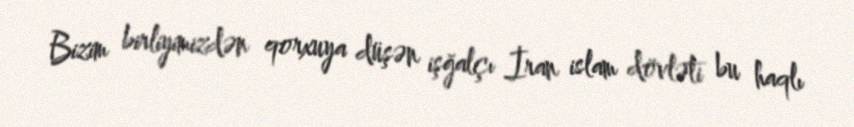
Bizim birliyimizdən qorxuya düşən işğalçı İran islam dövləti bu haqlı